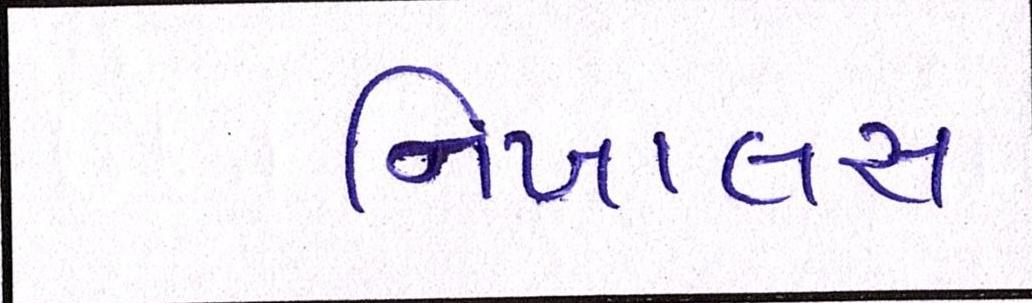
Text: નિખાલસ